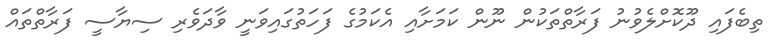
ތިބެފައި ދޫކޮށްލެވުނު ފަރާތްތަކުން ނޫން ކަމަށާއި އެކަމުގެ ފަހަތުގައިވަނީ ވާދަވެރި ސިޔާސީ ފަރާތްތައް